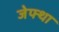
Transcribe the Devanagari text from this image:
जेफ्था